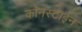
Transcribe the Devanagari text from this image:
कॉनस्टाईन